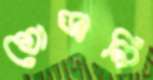
তোড়ানি